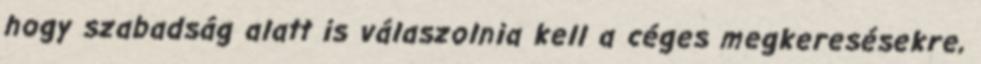
hogy szabadság alatt is válaszolnia kell a céges megkeresésekre,